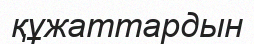
құжаттардын